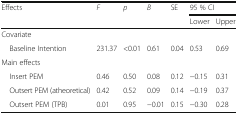
<table><thead><tr><td rowspan="2"><b>Effects</b></td><td rowspan="2"><b><i>F</i></b></td><td rowspan="2"><b><i>p</i></b></td><td rowspan="2"><b><i>B</i></b></td><td rowspan="2"><b>SE</b></td><td colspan="2"><b>95 % CI</b></td></tr><tr><td><b>Lower</b></td><td><b>Upper</b></td></tr></thead><tbody><tr><td colspan="7">Covariate</td></tr><tr><td> Baseline Intention</td><td>231.37</td><td>&lt;0.01</td><td>0.61</td><td>0.04</td><td>0.53</td><td>0.69</td></tr><tr><td colspan="7">Main effects</td></tr><tr><td> Insert PEM</td><td>0.46</td><td>0.50</td><td>0.08</td><td>0.12</td><td>−0.15</td><td>0.31</td></tr><tr><td> Outsert PEM (atheoretical)</td><td>0.42</td><td>0.52</td><td>0.09</td><td>0.14</td><td>−0.19</td><td>0.37</td></tr><tr><td> Outsert PEM (TPB)</td><td>0.01</td><td>0.95</td><td>−0.01</td><td>0.15</td><td>−0.30</td><td>0.28</td></tr></tbody></table>